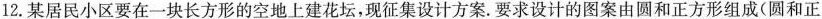
12.某居民小区要在一块长方形的空地上建花坛，现征集设计方案。要求设计的图案由圆和正方形组成(圆和正